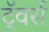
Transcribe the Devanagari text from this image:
ट्रॅवर्स